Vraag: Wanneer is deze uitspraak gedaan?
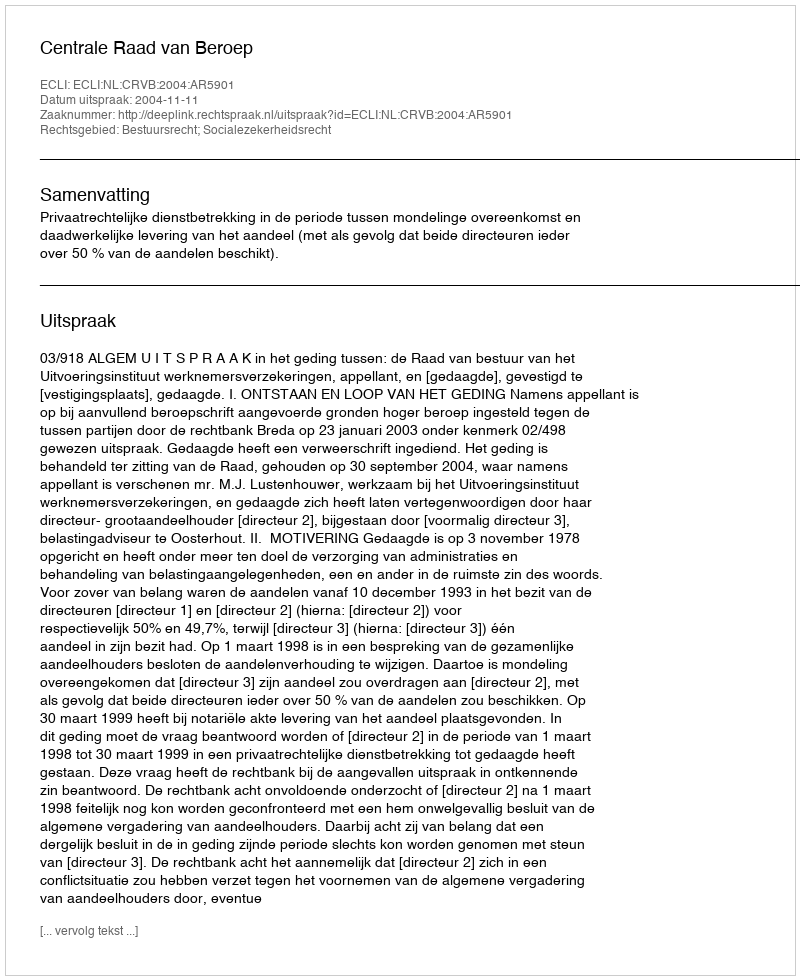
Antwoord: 2004-11-11